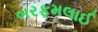
બરફમલાઈ